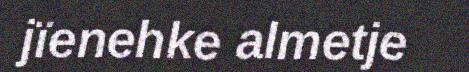
jïenehke almetje